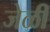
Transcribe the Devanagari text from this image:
जेळी